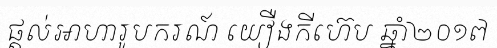
ផ្តល់អាហារូបករណ៍ យឿងកីហ៊េប ឆ្នាំ២០១៧